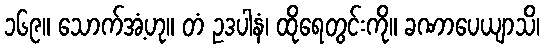
၁၆၉။ သောက်အံ့ဟု။ တံ ဥဒပါနံ၊ ထိုရေတွင်းကို။ ခဏာပေယျာသိ၊